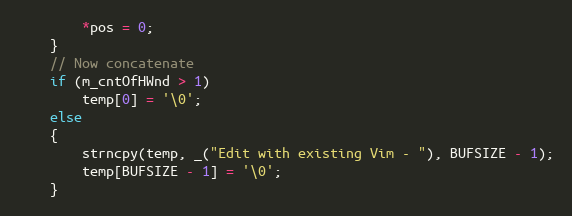
Language: C++
	    *pos = 0;
	}
	// Now concatenate
	if (m_cntOfHWnd > 1)
	    temp[0] = '\0';
	else
	{
	    strncpy(temp, _("Edit with existing Vim - "), BUFSIZE - 1);
	    temp[BUFSIZE - 1] = '\0';
	}